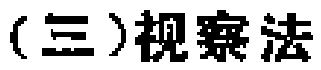
（三）视察法